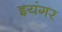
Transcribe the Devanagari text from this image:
इयंगर